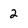
Character: 2